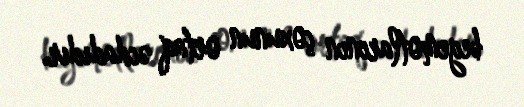
begemotlarının çoxunun ortaq əcdadıdır.